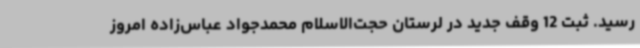
رسید. ثبت 12 وقف جدید در لرستان حجت‌الاسلام محمدجواد عباس‌زاده امروز